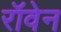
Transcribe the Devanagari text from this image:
रॉवेन